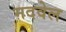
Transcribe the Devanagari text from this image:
मदवेल